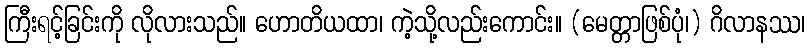
ကြီးရင့်ခြင်းကို လိုလားသည်။ ဟောတိယထာ၊ ကဲ့သို့လည်းကောင်း။ (မေတ္တာဖြစ်ပုံ၊) ဂိလာနဿ၊